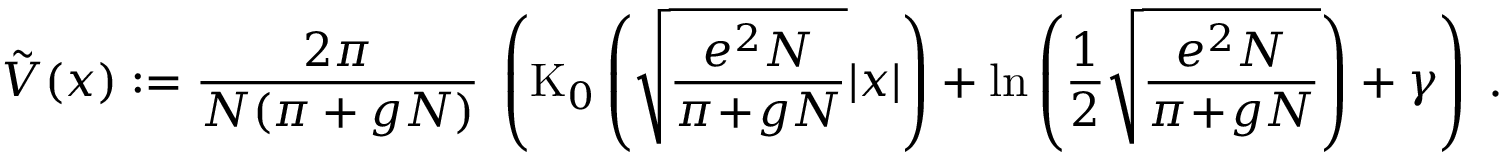
\tilde { V } ( x ) : = \frac { 2 \pi } { N ( \pi + g N ) } \; \left( \mathrm { K } _ { 0 } \left( \sqrt { \frac { e ^ { 2 } N } { \pi \! + \! g N } } | x | \right) + \ln \left( \frac { 1 } { 2 } \sqrt { \frac { e ^ { 2 } N } { \pi \! + \! g N } } \right) + \gamma \right) \; .